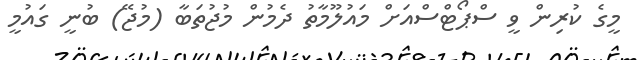
މީގެ ކުރިން ވީ ސްޕޯޓްސްއަށް މައުލޫމާތު ދެމުން މުޖުތަބާ (މުޖޭ) ބުނީ ގައުމީ